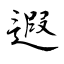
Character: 遐